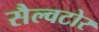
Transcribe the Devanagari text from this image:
सैल्वटोर